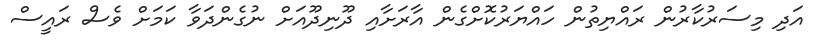
އަދި މިސަރުކާރުން ރައްޔިތުން ހައްޔަރުކޮށްގެން އާރަށާއި ދޫނިދޫއަށް ނުގެންދަވާ ކަމަށް ވެސް ރައީސް